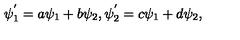
\psi _ { 1 } ^ { ' } = a \psi _ { 1 } + b \psi _ { 2 } , \psi _ { 2 } ^ { ' } = c \psi _ { 1 } + d \psi _ { 2 } ,